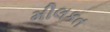
મીલકત